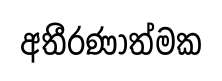
අතීරණාත්මක